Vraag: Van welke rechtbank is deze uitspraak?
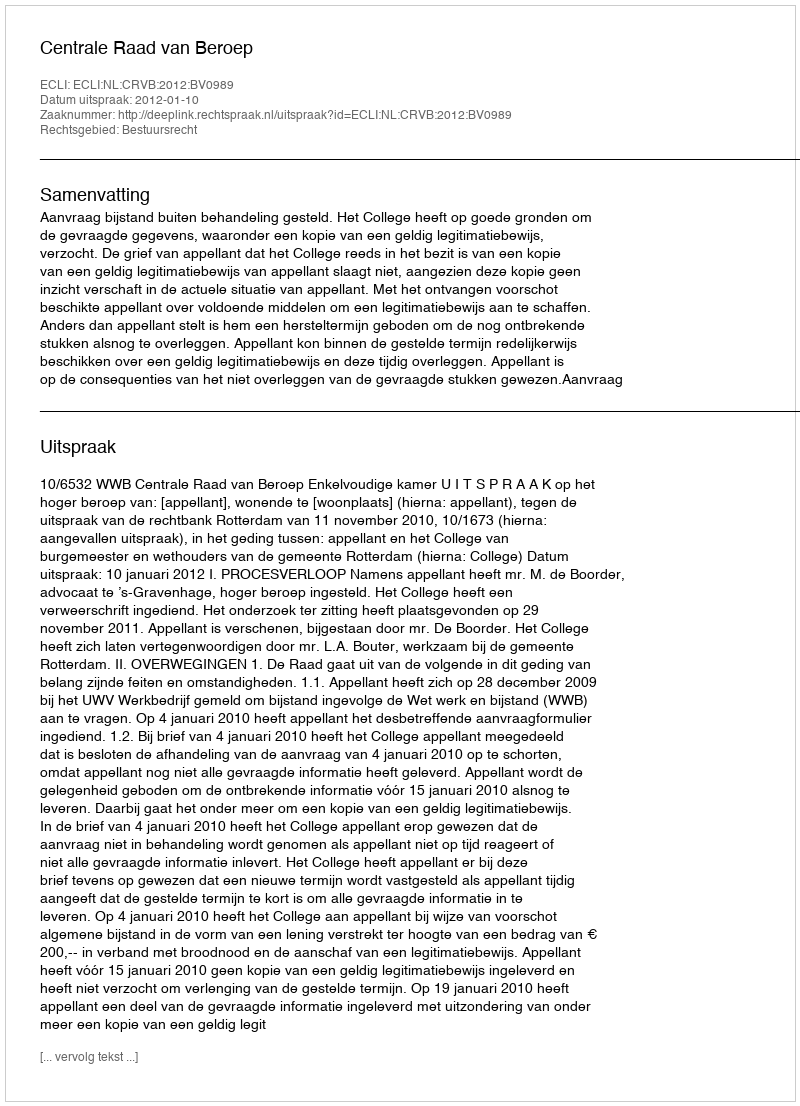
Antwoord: Centrale Raad van Beroep